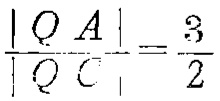
$\frac{\vert QA\vert}{\vert QC\vert}=\frac{3}{2}$